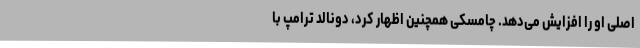
اصلی او را افزایش می‌دهد. چامسکی همچنین اظهار کرد، دونالد ترامپ با